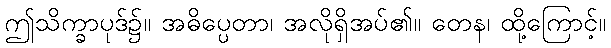
ဤသိက္ခာပုဒ်၌။ အဓိပ္ပေတာ၊ အလိုရှိအပ်၏။ တေန၊ ထို့ကြောင့်။